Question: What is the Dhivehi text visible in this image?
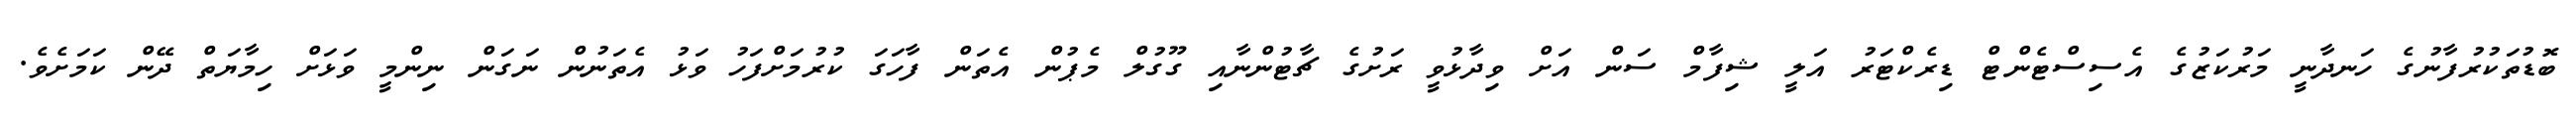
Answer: ބޮޑުތަކުރުފާނުގެ ހަނދާނީ މަރުކަޒުގެ އެސިސްޓެންޓް ޑިރެކްޓަރު އަލީ ޝިފާމް ސަން އަށް ވިދާޅުވީ ރަށުގެ ޗާޓުންނާއި ގޫގުލް މެޕުން އެތަން ފާހަގަ ކުރުމަށްފަހު ވަޅު އެތަނުން ނަގަން ނިންމީ ވަޅަށް ހިމާޔަތް ދޭން ކަމަށެވެ.